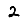
Digit: 2